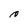
Character: c